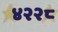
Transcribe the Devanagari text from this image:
४२२८